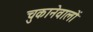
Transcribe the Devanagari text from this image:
चुकानेवालों